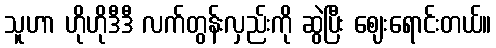
သူဟာ ဟိုဟိုဒီဒီ လက်တွန်းလှည်းကို ဆွဲပြီး ဈေးရောင်းတယ်။